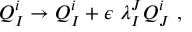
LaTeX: Q _ { I } ^ { i } \to Q _ { I } ^ { i } + \epsilon \ \lambda _ { I } ^ { J } Q _ { J } ^ { i } ~ ,